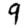
Digit: 9